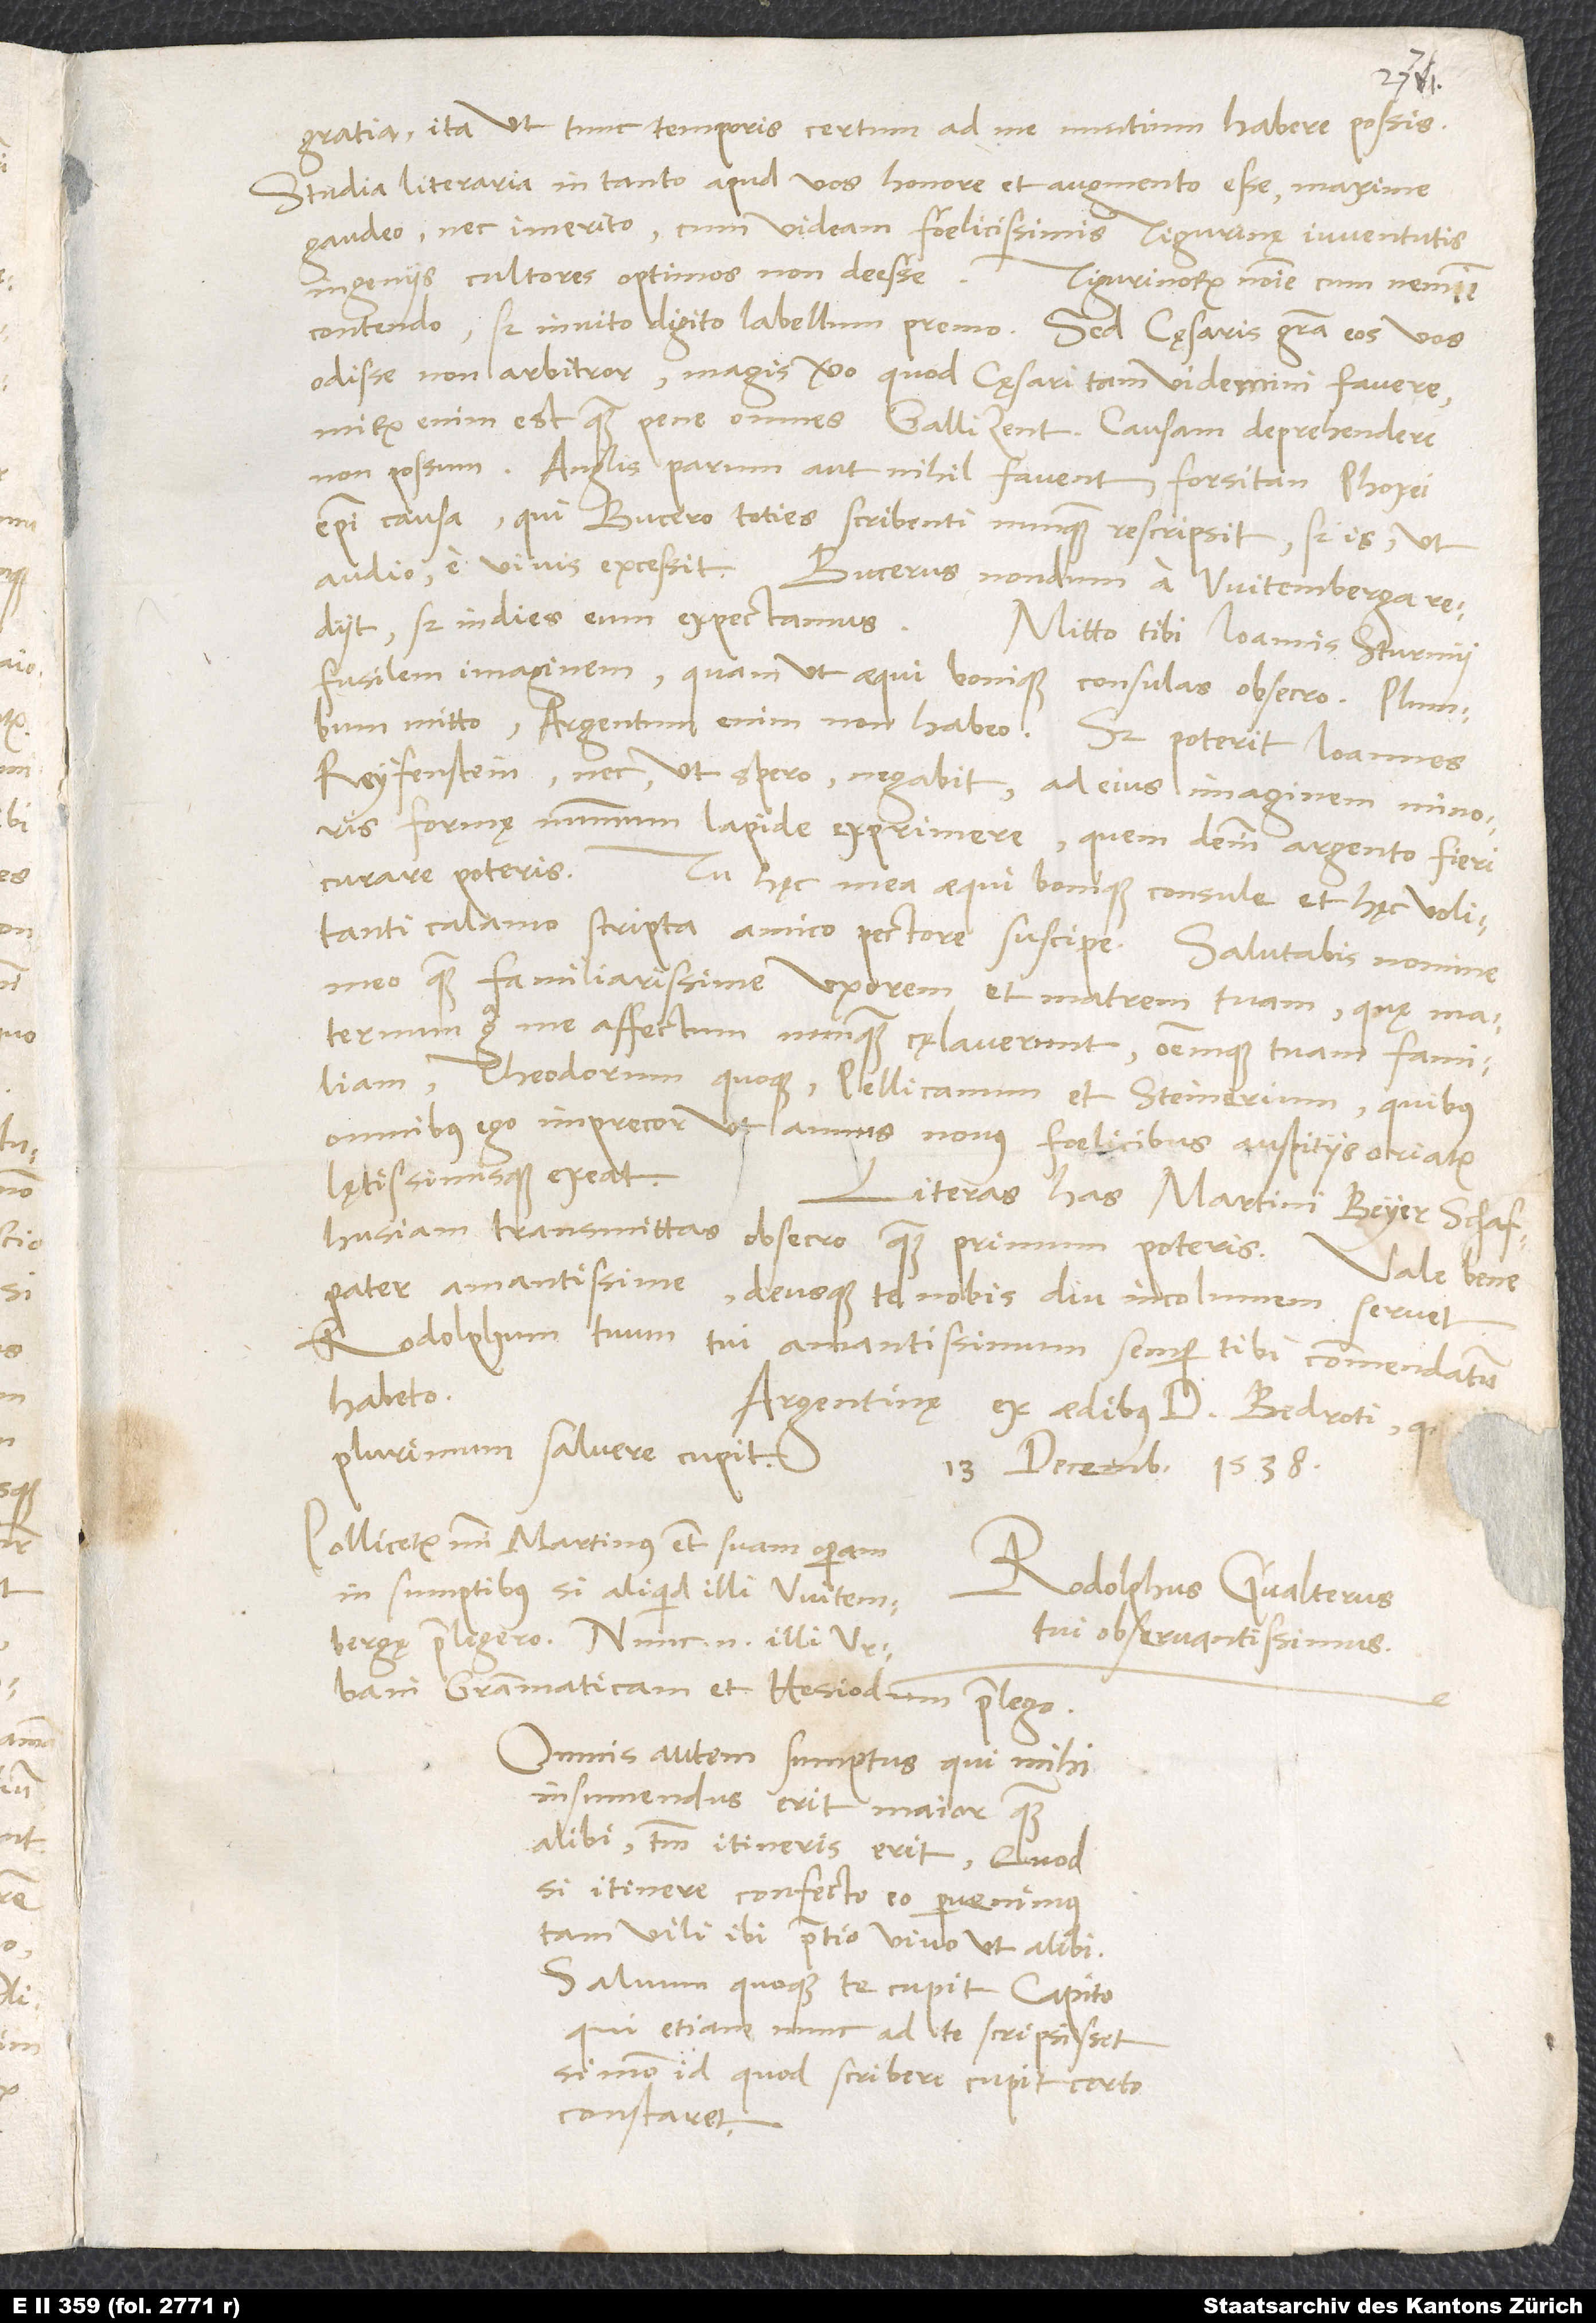
gratia, ita ut tunc temporis certum ad me nuntium habere possis.
Studia literaria in tanto apud vos honore et augmento esse maxime
gaudeo, nec imerito, cum videam foelicissimis Tigurinę iuventutis
ingeniis cultores optimos non desse.
Tigurinorum nomine cum nemine
contendo, sed invito digito labellum premo. Sed cęsaris gratia eos vos
odisse non arbitror, magis vero, quod cęsari tam videmini favere;
mirum enim est, quam pene omnes gallizent. Causam deprehendere
non possum. Anglis parum aut nihil favent, forsitan Phoxei
episcopi causa, qui Bucero toties scribenti nunquam rescripsit; sed is, ut
audio, e vivis excessit. Bucerus nondum a Witemberga rediit,
fusilem imaginem, quam ut aequi bonique consulas, obsecro. Plumbum
mitto, argentum enim non habeo. Sed poterit Ioannes
Reyfenstein - nec, ut spero, negabit - ad eius imaginem minoris
formę nummum lapide exprimere, quem deinde argento fieri
curare poteris.
Tu hęc mea aequi bonique consule et hęc volitanti
calamo scripta amico pectore suscipe. Salutabis nomine
meo quam familiarissime uxorem et matrem tuam, quę maternum
erga me affectum nunquam cęlaverunt, omnemque tuam familiam,
Theodorum quoque, Pellicanum et Steinerium, quibus
omnibus ego imprecor, ut annus novus foelicibus auspitiis oriatur
lętissimisque exeat.
Literas has Martini Beyer Schafhusiam
obsecro, quam primum poteris.
Vale bene,
amantissime,
deusque te nobis diu incolumem servet.
Rodolphum tuum tui amantissimum semper tibi commendatum
habeto.
Argentinę, ex aedibus d. Bedroti, q
plurimum salvere cupit,
13. decembris 1538.
Pollicetur mihi Martinus etiam suam operam
Rodolphus Gvalterus,
in sumptibus, si aliquid illi Witembergę
tui observantissimus.
praelegero. Nunc enim illi Urbani
Grammaticam et Hesiodum praelego.
Omnis autem sumptus, qui mihi
insumendus erit maior quam
alibi, tantum itineris erit; quod
si itinere confecto eo pervenimus,
tam vili ibi pretio vivo ut alibi.
Salvum quoque te cupit Capito,
qui etiam nunc ad te scripsisset,
si modo id, quod scribere cupit, certo
constaret.